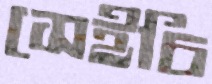
সেইচি